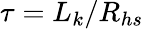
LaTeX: \tau=L_{k}/R_{hs}